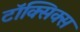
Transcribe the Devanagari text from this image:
टॉक्सिक्स